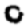
Digit: 0